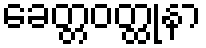
ခေတ္တဝတ္ထုနာ